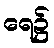
ရေ၌